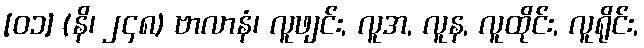
[၀၁] (နိ၊ ၂၄၈) ဗာလာနံ၊ လူဖျင်း, လူအ, လူန, လူထိုင်း, လူရိုင်း,